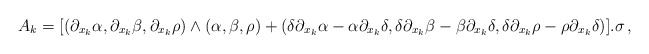
\begin{align*} A_k =[(\partial_{x_k}\alpha , \partial_{x_k}\beta , \partial_{x_k}\rho )\wedge (\alpha , \beta , \rho ) + (\delta \partial_{x_k} \alpha - \alpha\partial_{x_k}\delta ,\delta \partial_{x_k}\beta - \beta \partial_{x_k} \delta , \delta\partial_{x_k} \rho-\rho \partial_{x_k} \delta )].\sigma \, ,\end{align*}